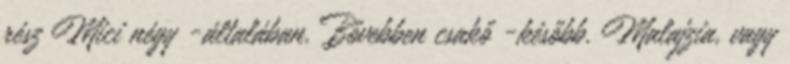
rész Mici négy -általában. Bővebben csakő -később. Malajzia, vagy